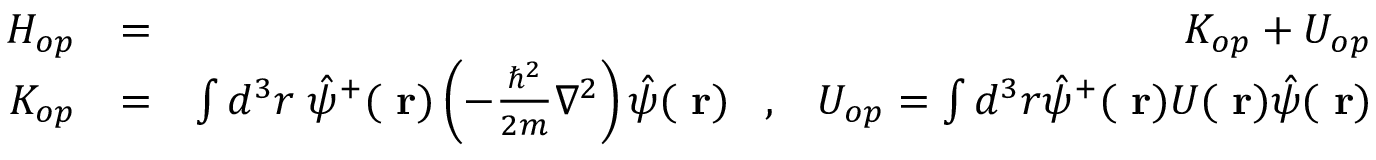
\begin{array} { r l r } { H _ { o p } } & { = } & { K _ { o p } + U _ { o p } } \\ { K _ { o p } } & { = } & { \int d ^ { 3 } r \; \hat { \psi } ^ { + } ( \mathrm { \bf ~ r } ) \left( - \frac { \hbar ^ { 2 } } { 2 m } \nabla ^ { 2 } \right) \hat { \psi } ( \mathrm { \bf ~ r } ) \; \; \; , \; \; \; U _ { o p } = \int d ^ { 3 } r \hat { \psi } ^ { + } ( \mathrm { \bf ~ r } ) U ( \mathrm { \bf ~ r } ) \hat { \psi } ( \mathrm { \bf ~ r } ) } \end{array}